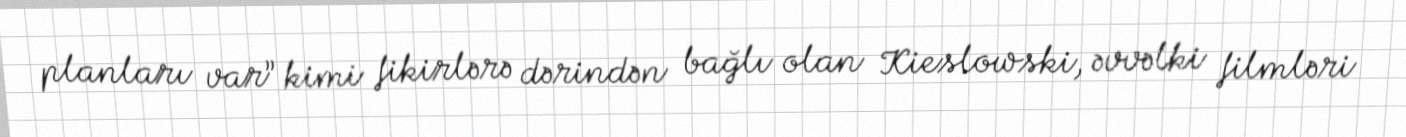
planları var” kimi fikirlərə dərindən bağlı olan Kieslowski, əvvəlki filmləri